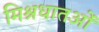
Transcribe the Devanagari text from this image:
मिश्रधातओं